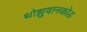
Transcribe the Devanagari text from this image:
थोझुवानकोड